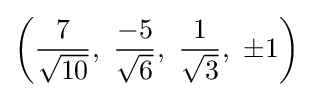
\left({\frac {7}{\sqrt {10}}},\ {\frac {-5}{\sqrt {6}}},\ {\frac {1}{\sqrt {3}}},\ \pm 1\right)